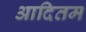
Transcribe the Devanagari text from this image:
आदितम